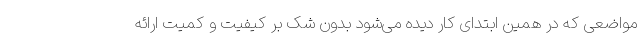
مواضعی که در همین ابتدای کار دیده می‌شود بدون شک بر کیفیت و کمیت ارائه